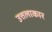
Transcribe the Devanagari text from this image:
उत्तलाकार